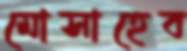
মোসাহেব